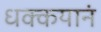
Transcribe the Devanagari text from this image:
धक्कयानं